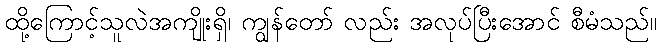
ထို့ကြောင့်သူလဲအကျိုးရှိ၊ ကျွန်တော် လည်း အလုပ်ပြီးအောင် စီမံသည်။